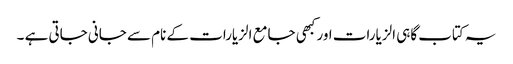
یہ کتاب گاہی الزیارات اور کبھی جامع الزیارات کے نام سے جانی جاتی ہے ۔